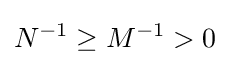
N^{-1}\geq M^{-1}>0